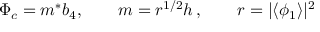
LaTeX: \Phi _ { c } = m ^ { * } b _ { 4 } , \qquad m = r ^ { 1 / 2 } h \, , \qquad r = | \langle \phi _ { 1 } \rangle | ^ { 2 }